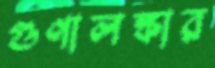
গুণালঙ্কার